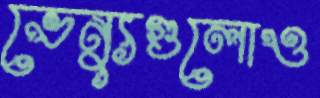
ভেন্যুগুলোও